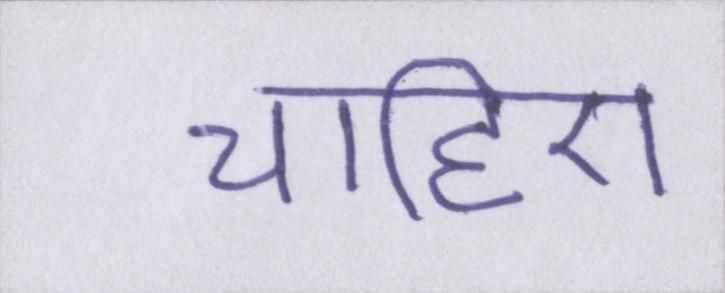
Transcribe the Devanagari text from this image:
चाहिए